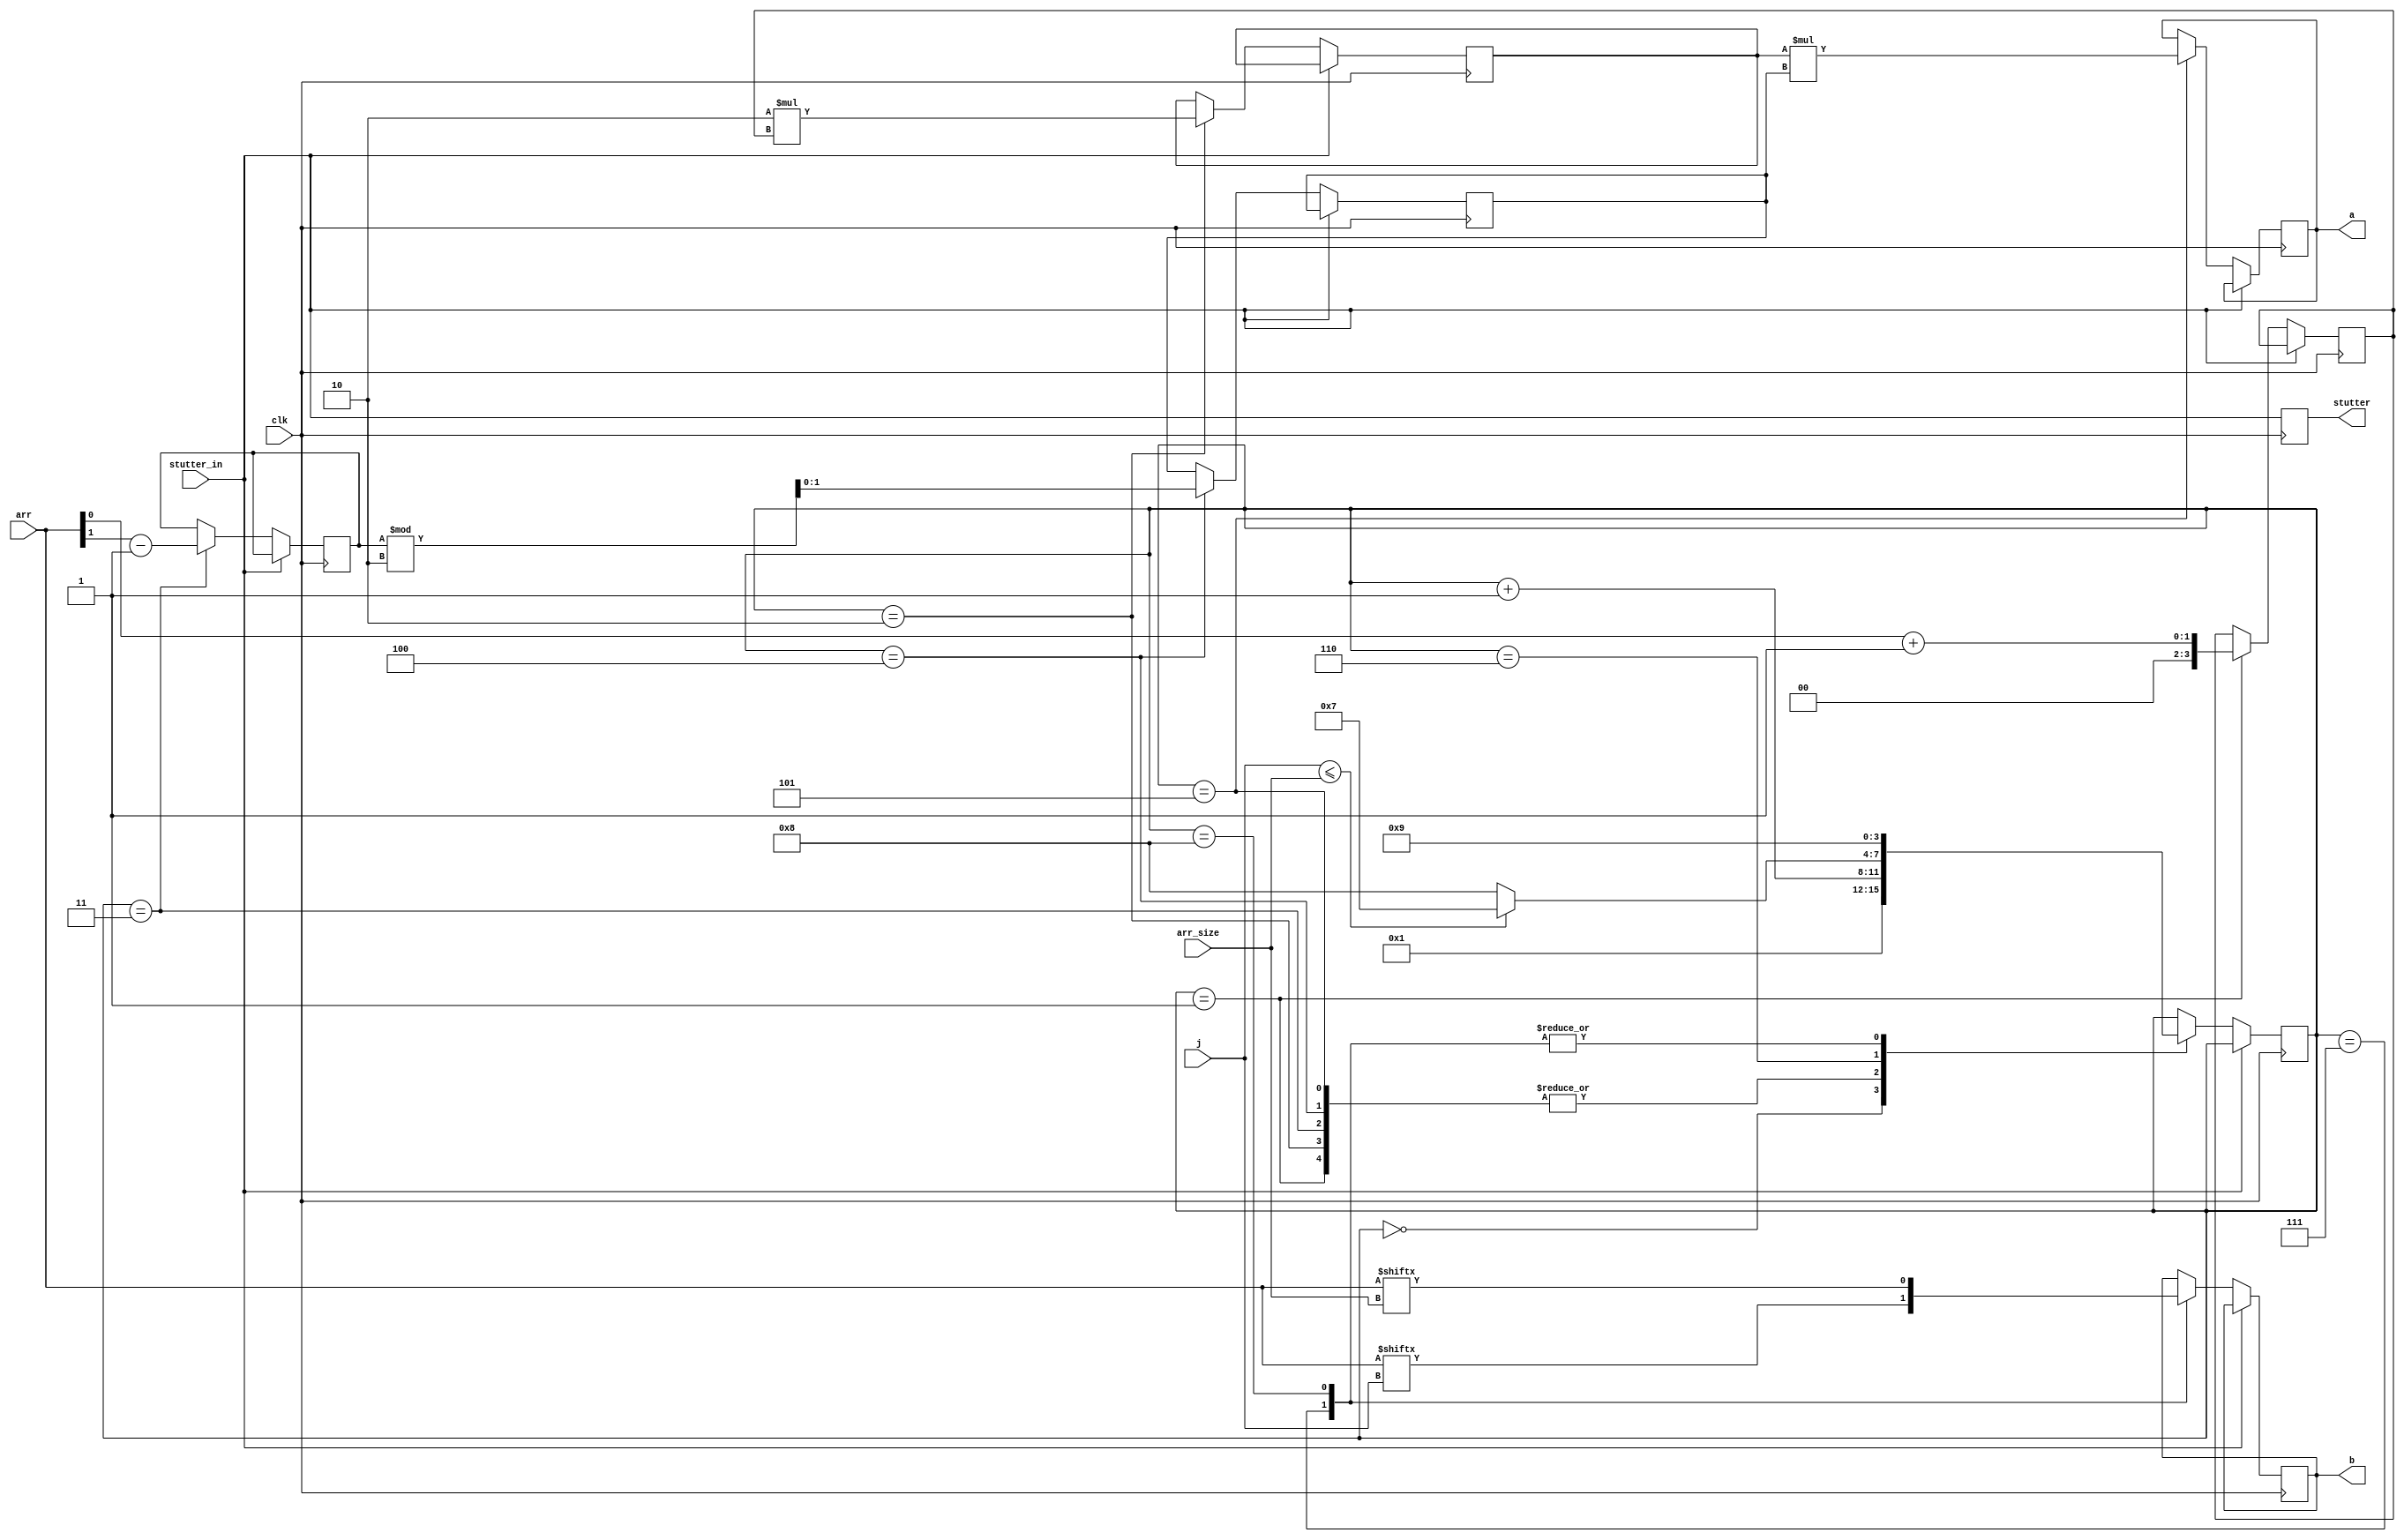
module TARGET_CODEBLOCK(
    input clk,
    input stutter_in,
    input j, arr_size,
    input [1:0] arr,

    output reg a,b, stutter
);

    reg [3:0] t0;
    reg [3:0] t1;
    reg [1:0] t2; 
    reg [1:0] t3;

    reg [3:0] computation_step;
    initial begin
        computation_step <= 0;
        t0 <= 0;
        t1 <= 0;
        t2 <= 0;
        t3 <= 0;
        a <= 0;
        b <= 0;
        stutter <= 0;
    end

    always @(posedge clk) begin
        stutter <= stutter_in;
        if (!stutter_in) begin
            case (computation_step)
                0: begin
                    computation_step <= 1;
                end
                1:
                begin
                    t0 <= arr[0] + 1;
                    computation_step <= computation_step + 1;
                end
                2:
                begin
                    t1 <= 2 * t0;
                    computation_step <= computation_step + 1;
                end
                3:
                begin
                    t2 <= arr[1] - 1;
                    computation_step <= computation_step + 1;
                end
                4:
                begin
                    t3 <= t2 % 2;
                    computation_step <= computation_step + 1;
                end
                5:
                begin
                    a <= t1 * t3;
                    computation_step <= computation_step + 1;
                end
                6:
                begin
                    computation_step <= (j <= arr_size) ? 7:8;
                end
                7:
                begin
                    b <= arr[j];
                    computation_step <= 9;
                end
                8:
                begin
                    b <= arr[arr_size];
                    computation_step <= 9;
                end
                9:
                begin
                    
                end
            endcase
        end
    end

endmodule